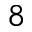
8